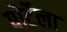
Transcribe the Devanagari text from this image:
पोर्टेला